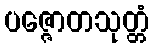
ပဇ္ဇောတသုတ္တံ